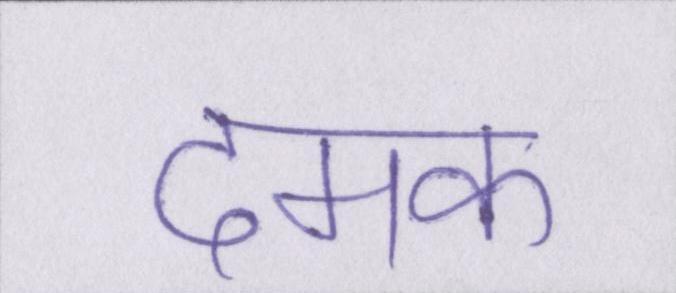
दमक